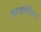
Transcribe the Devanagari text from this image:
डयासपोरिक।